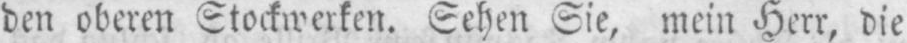
den oberen Stockwerken. Sehen Sie, mein Herr, die